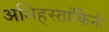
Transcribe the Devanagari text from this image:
अभिहस्तांकिनी